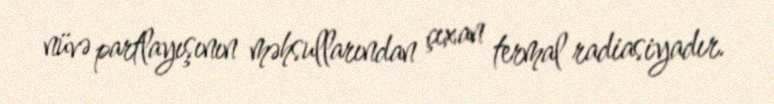
nüvə partlayışının məhsullarından çıxan termal radiasiyadır.